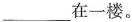
___在一楼.